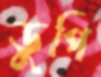
ডুপি